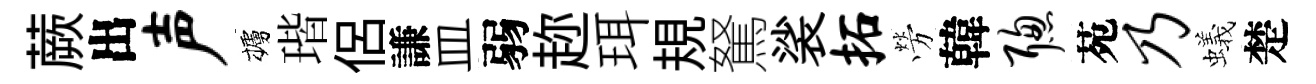
蕨出声櫨瑎侶謙皿弱趂珥規駑裟拓勞韓聪苑乃蟻楚